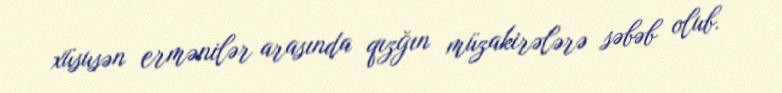
xüsusən ermənilər arasında qızğın müzakirələrə səbəb olub.